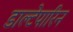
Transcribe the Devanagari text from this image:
डाल्टेपारिन